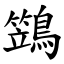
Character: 鷑